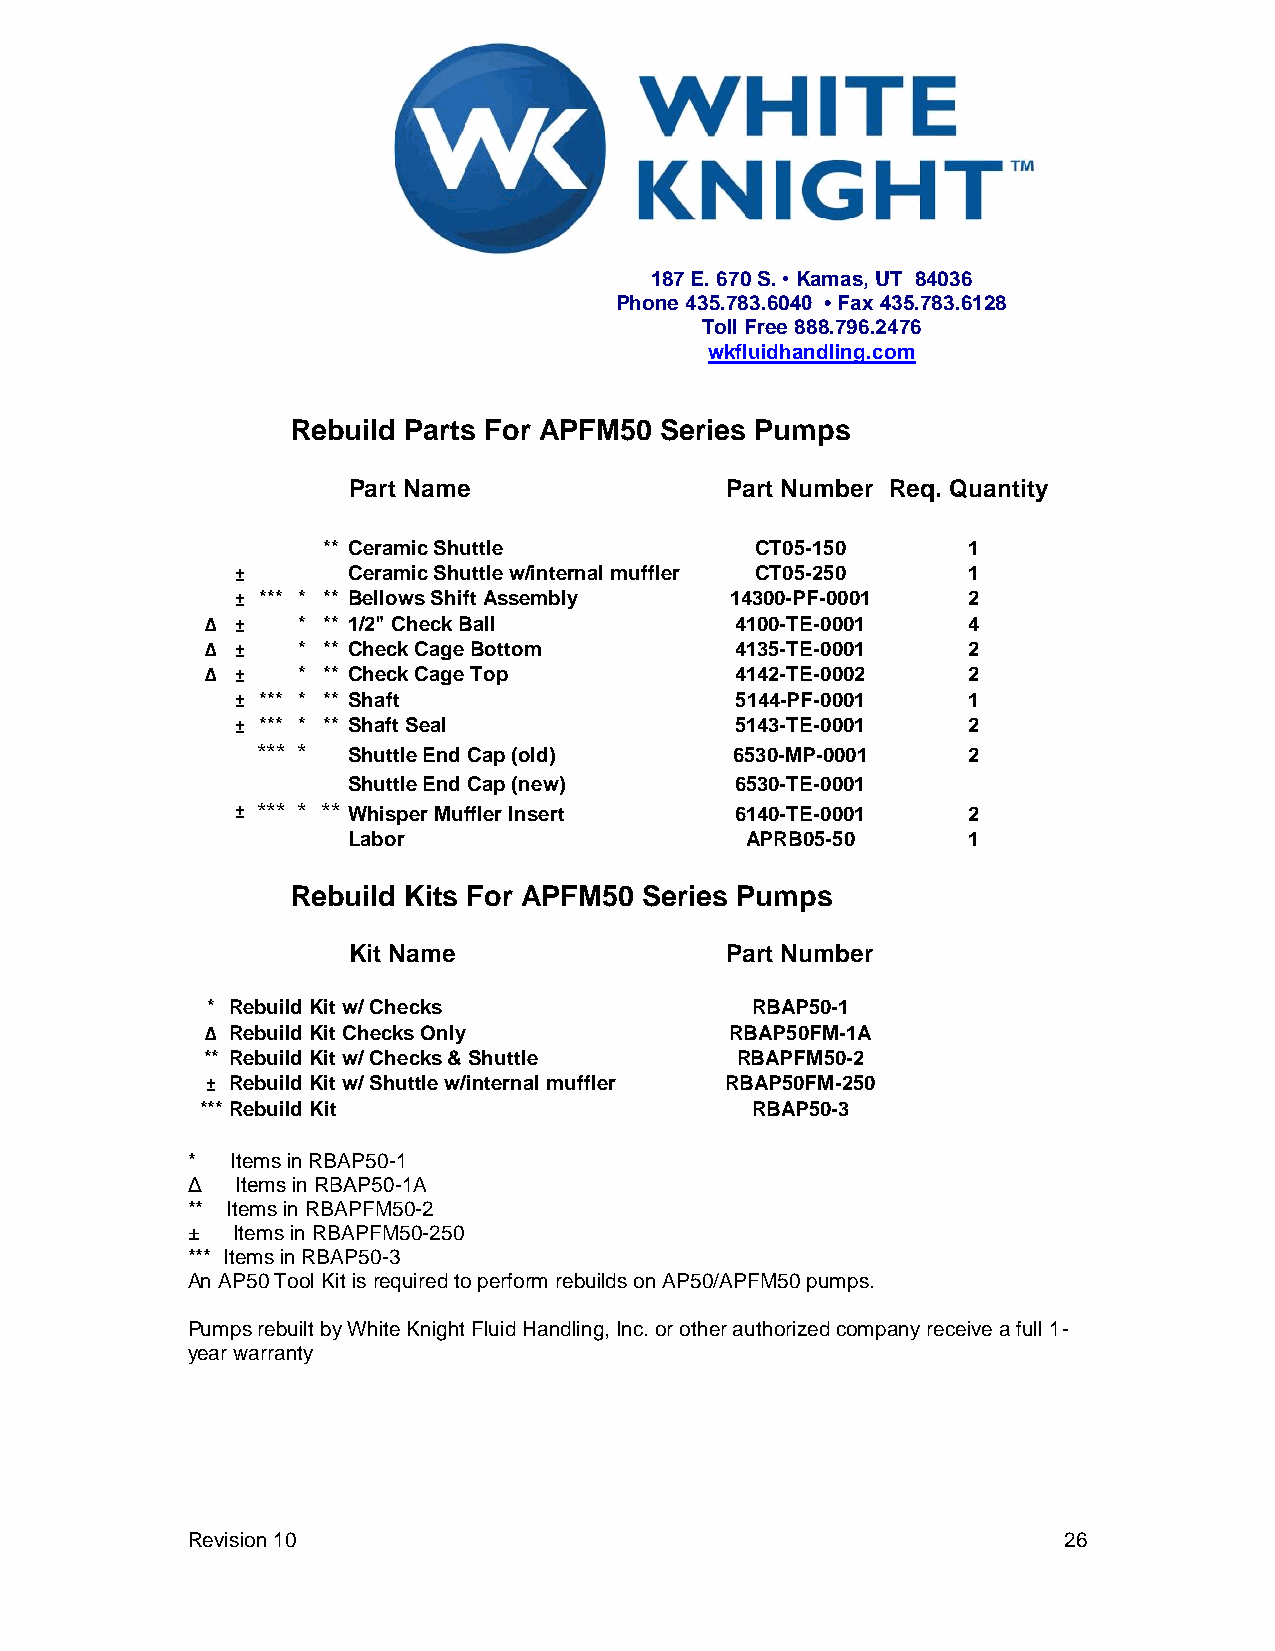
187 E. 670 S. • Kamas, UT 84036
 Phone 435.783.6040 • Fax 435.783.6128
 Toll Free 888.796.2476
 wkfluidhandling.com
 Rebuild Parts For APFM50 Series Pumps
 Part Name                Part Number Req. Quantity
 ** Ceramic Shuttle           CT05-150      1
 ±      Ceramic Shuttle w/internal muffler CT05-250 1
 ± *** * ** Bellows Shift Assembly 14300-PF-0001 2
 Δ ±   * ** 1/2" Check Ball         4100-TE-0001   4
 Δ ±   * ** Check Cage Bottom       4135-TE-0001   2
 Δ ±   * ** Check Cage Top          4142-TE-0002   2
 ± *** * ** Shaft                 5144-PF-0001   1
 ± *** * ** Shaft Seal            5143-TE-0001   2
 *** * Shuttle End Cap (old)     6530-MP-0001   2
 Shuttle End Cap (new)     6530-TE-0001
 ± *** * ** Whisper Muffler Insert 6140-TE-0001  2
 Labor                     APRB05-50      1
 Rebuild Kits For APFM50 Series Pumps
 Kit Name                 Part Number
 * Rebuild Kit w/ Checks             RBAP50-1
 Δ Rebuild Kit Checks Only         RBAP50FM-1A
 ** Rebuild Kit w/ Checks & Shuttle  RBAPFM50-2
 ± Rebuild Kit w/ Shuttle w/internal muffler RBAP50FM-250
 ***Rebuild Kit                       RBAP50-3
 *  Items in RBAP50-1
 Δ   Items in RBAP50-1A
 ** Items in RBAPFM50-2
 ±   Items in RBAPFM50-250
 *** Items in RBAP50-3
 An AP50 Tool Kit is required to perform rebuilds on AP50/APFM50 pumps.
 Pumps rebuilt by White Knight Fluid Handling, Inc. or other authorized company receive a full 1-
 year warranty
 Revision 10                                               26